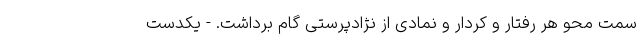
سمت محو هر رفتار و کردار و نمادی از نژادپرستی گام برداشت. - یکدست